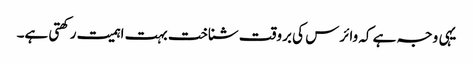
یہی وجہ ہے کہ وائرس کی بروقت شناخت بہت اہمیت رکھتی ہے۔